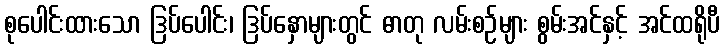
စုပေါင်းထားသော ဒြပ်ပေါင်း၊ ဒြပ်နှောများတွင် ဓာတု လမ်းစဉ်များ စွမ်းအင်နှင့် အင်ထရိုပီ